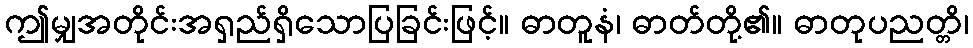
ဤမျှအတိုင်းအရှည်ရှိသောပြခြင်းဖြင့်။ ဓာတူနံ၊ ဓာတ်တို့၏။ ဓာတုပညတ္တိ၊